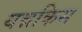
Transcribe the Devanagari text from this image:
यन्नकिस